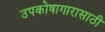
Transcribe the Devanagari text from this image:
उपकोषागारासाठी